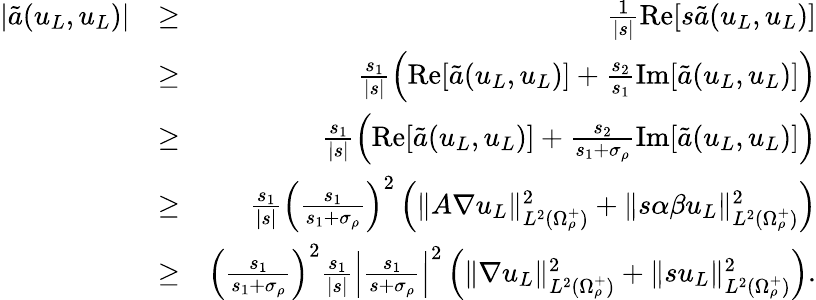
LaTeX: \begin{array}{rlr}{|\tilde{a}(u_{L},u_{L})|}&{\geq}&{\frac{1}{|s|}\mathrm{Re}[s\tilde{a}(u_{L},u_{L})]}\\ &{\geq}&{\frac{s_{1}}{|s|}\left(\textnormal{Re}[\tilde{a}(u_{L},u_{L})]+\frac{s_{2}}{s_{1}}\textnormal{Im}[\tilde{a}(u_{L},u_{L})]\right)}\\ &{\geq}&{\frac{s_{1}}{|s|}\left(\textnormal{Re}[\tilde{a}(u_{L},u_{L})]+\frac{s_{2}}{s_{1}+\sigma_{\rho}}\textnormal{Im}[\tilde{a}(u_{L},u_{L})]\right)}\\ &{\geq}&{\frac{s_{1}}{|s|}\left(\frac{s_{1}}{s_{1}+\sigma_{\rho}}\right)^{2}\left(\| A\nabla u_{L}\| _{L^{2}(\Omega_{\rho}^{+})}^{2}+\| s\alpha\beta u_{L}\| _{L^{2}(\Omega_{\rho}^{+})}^{2}\right)}\\ &{\geq}&{\Big(\frac{s_{1}}{s_{1}+\sigma_{\rho}}\Big)^{2}\frac{s_{1}}{|s|}\Big|\frac{s_{1}}{s+\sigma_{\rho}}\Big|^{2}\left(\| \nabla u_{L}\| _{L^{2}(\Omega_{\rho}^{+})}^{2}+\| su_{L}\| _{L^{2}(\Omega_{\rho}^{+})}^{2}\right).}\end{array}